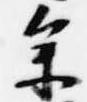
参